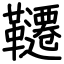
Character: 韆